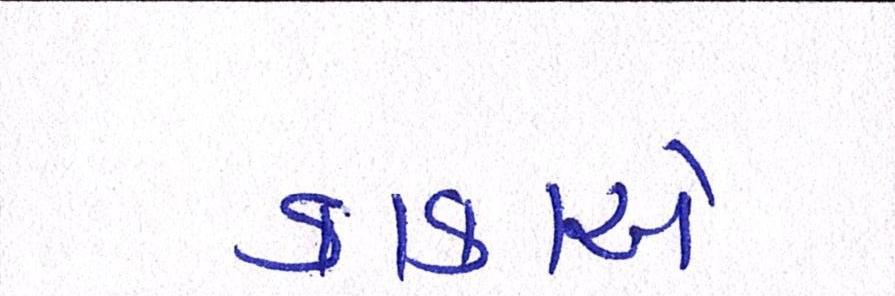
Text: કાકાએ